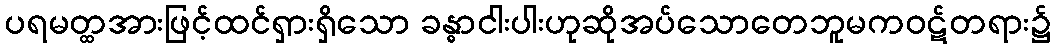
ပရမတ္ထအားဖြင့်ထင်ရှားရှိသော ခန္ဓာငါးပါးဟုဆိုအပ်သောတေဘူမကဝဋ်တရား၌